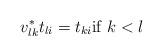
LaTeX: \begin{align*}v^*_{lk}t_{li}=t_{ki} {\rm if} \; k<l\end{align*}